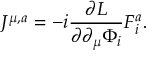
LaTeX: J ^ { \mu , a } = - i \frac { \partial \cal L } { \partial \partial _ { \mu } \Phi _ { i } } F _ { i } ^ { a } .